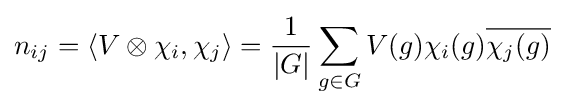
n_{ij}=\langle V\otimes \chi _{i},\chi _{j}\rangle ={\frac {1}{|G|}}\sum _{g\in G}V(g)\chi _{i}(g){\overline {\chi _{j}(g)}}